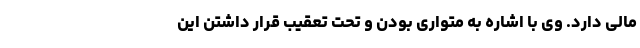
مالی دارد. وی با اشاره به متواری بودن و تحت تعقیب قرار داشتن این